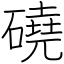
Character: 磽